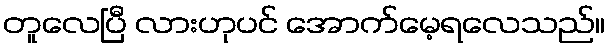
တူလေပြီ လားဟုပင် အောက်မေ့ရလေသည်။